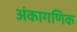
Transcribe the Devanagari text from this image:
अंकागणिक